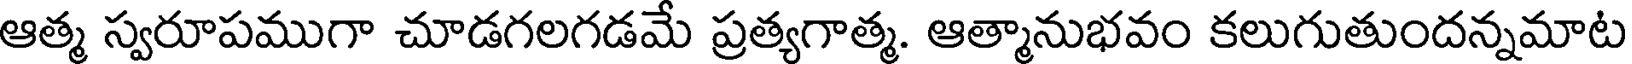
ఆత్మ స్వరూపముగా చూడగలగడమే ప్రత్యగాత్మ. ఆత్మానుభవం కలుగుతుందన్నమాట